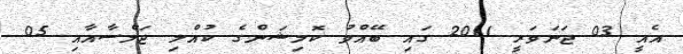
އެއީ 03 ޖަނަވަރީ 2011 ގައި ބޭއްވު ކޮމިޝަންގެ ކުއްލި ޖަލްސާއާއި 05